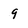
Character: 9